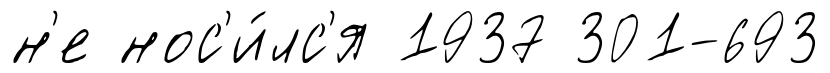
н'е нос'и́лс'я 1937 301-693